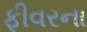
ફીવરના